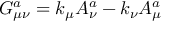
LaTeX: G _ { \mu \nu } ^ { a } = k _ { \mu } A _ { \nu } ^ { a } - k _ { \nu } A _ { \mu } ^ { a }